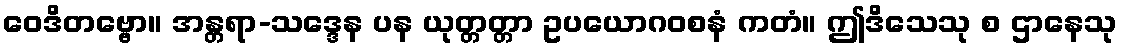
ဝေဒိတဗ္ဗော။ အန္တရာ-သဒ္ဒေန ပန ယုတ္တတ္တာ ဥပယောဂဝစနံ ကတံ။ ဤဒိသေသု စ ဌာနေသု